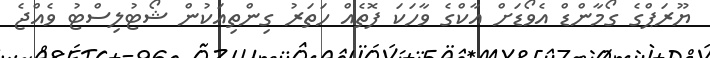
ޔޫރަޕްގެ ގޯމާންޑް އެވޯޑަށް އާކްގެ ވާހަކަ ފޮތެއް ހަތަރު ގިންތިއަކުން ޝޯޓުލިސްޓު ވެއްޖެ